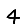
Digit: 4